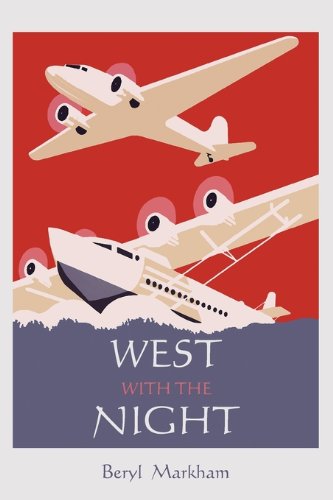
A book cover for West with the Night; Beryl Markham; Engineering & Transportation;